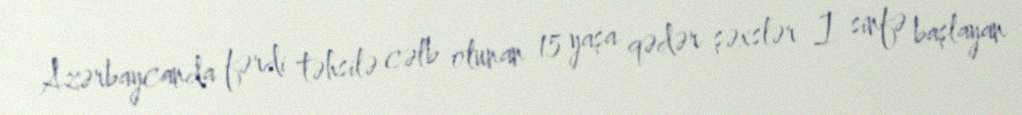
Azərbaycanda fərdi təhsilə cəlb olunan 15 yaşa qədər şəxslər I sinfə başlayan